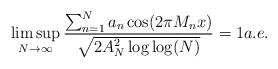
LaTeX: \begin{align*}\limsup_{N\to\infty}\frac{\sum_{n=1}^Na_n\cos(2\pi M_nx)}{\sqrt{2A_N^2\log\log(N)}}=1 a.e.\end{align*}